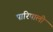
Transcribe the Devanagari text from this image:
पारिपाली